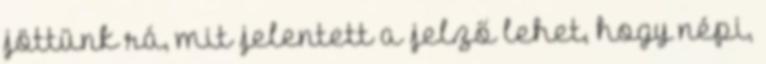
jöttünk rá, mit jelentett a jelző lehet, hogy népi,